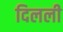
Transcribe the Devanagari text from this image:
दिलली